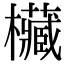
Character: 欌